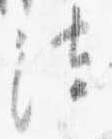
法